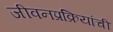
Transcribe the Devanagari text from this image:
जीवनप्रक्रियांची